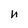
Character: n